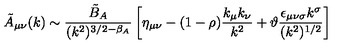
\tilde { A } _ { \mu \nu } ( k ) \sim \frac { \tilde { B } _ { A } } { ( k ^ { 2 } ) ^ { 3 / 2 - \beta _ { A } } } \left[ \eta _ { \mu \nu } - ( 1 - \rho ) \frac { k _ { \mu } k _ { \nu } } { k ^ { 2 } } + \vartheta \frac { \epsilon _ { \mu \nu \sigma } k ^ { \sigma } } { ( k ^ { 2 } ) ^ { 1 / 2 } } \right]